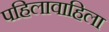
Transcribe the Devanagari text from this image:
पहिलावाहिला